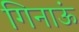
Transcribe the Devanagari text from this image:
गिनाऊं